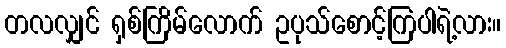
တလလျှင် ရှစ်ကြိမ်လောက် ဥပုသ်စောင့်ကြပါရဲ့လား။